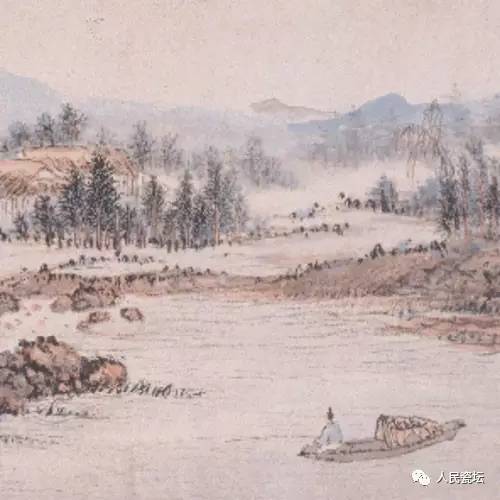
柘弹何人发，黄鹂隔故宫。